Bréfritari: Kristbjörg Björnsdóttir
Viðtakandi: Halldór Jónsson
Dagsetning: A-1869-05-26
Skrifað á: Kaupmannahöfn
Óvíst

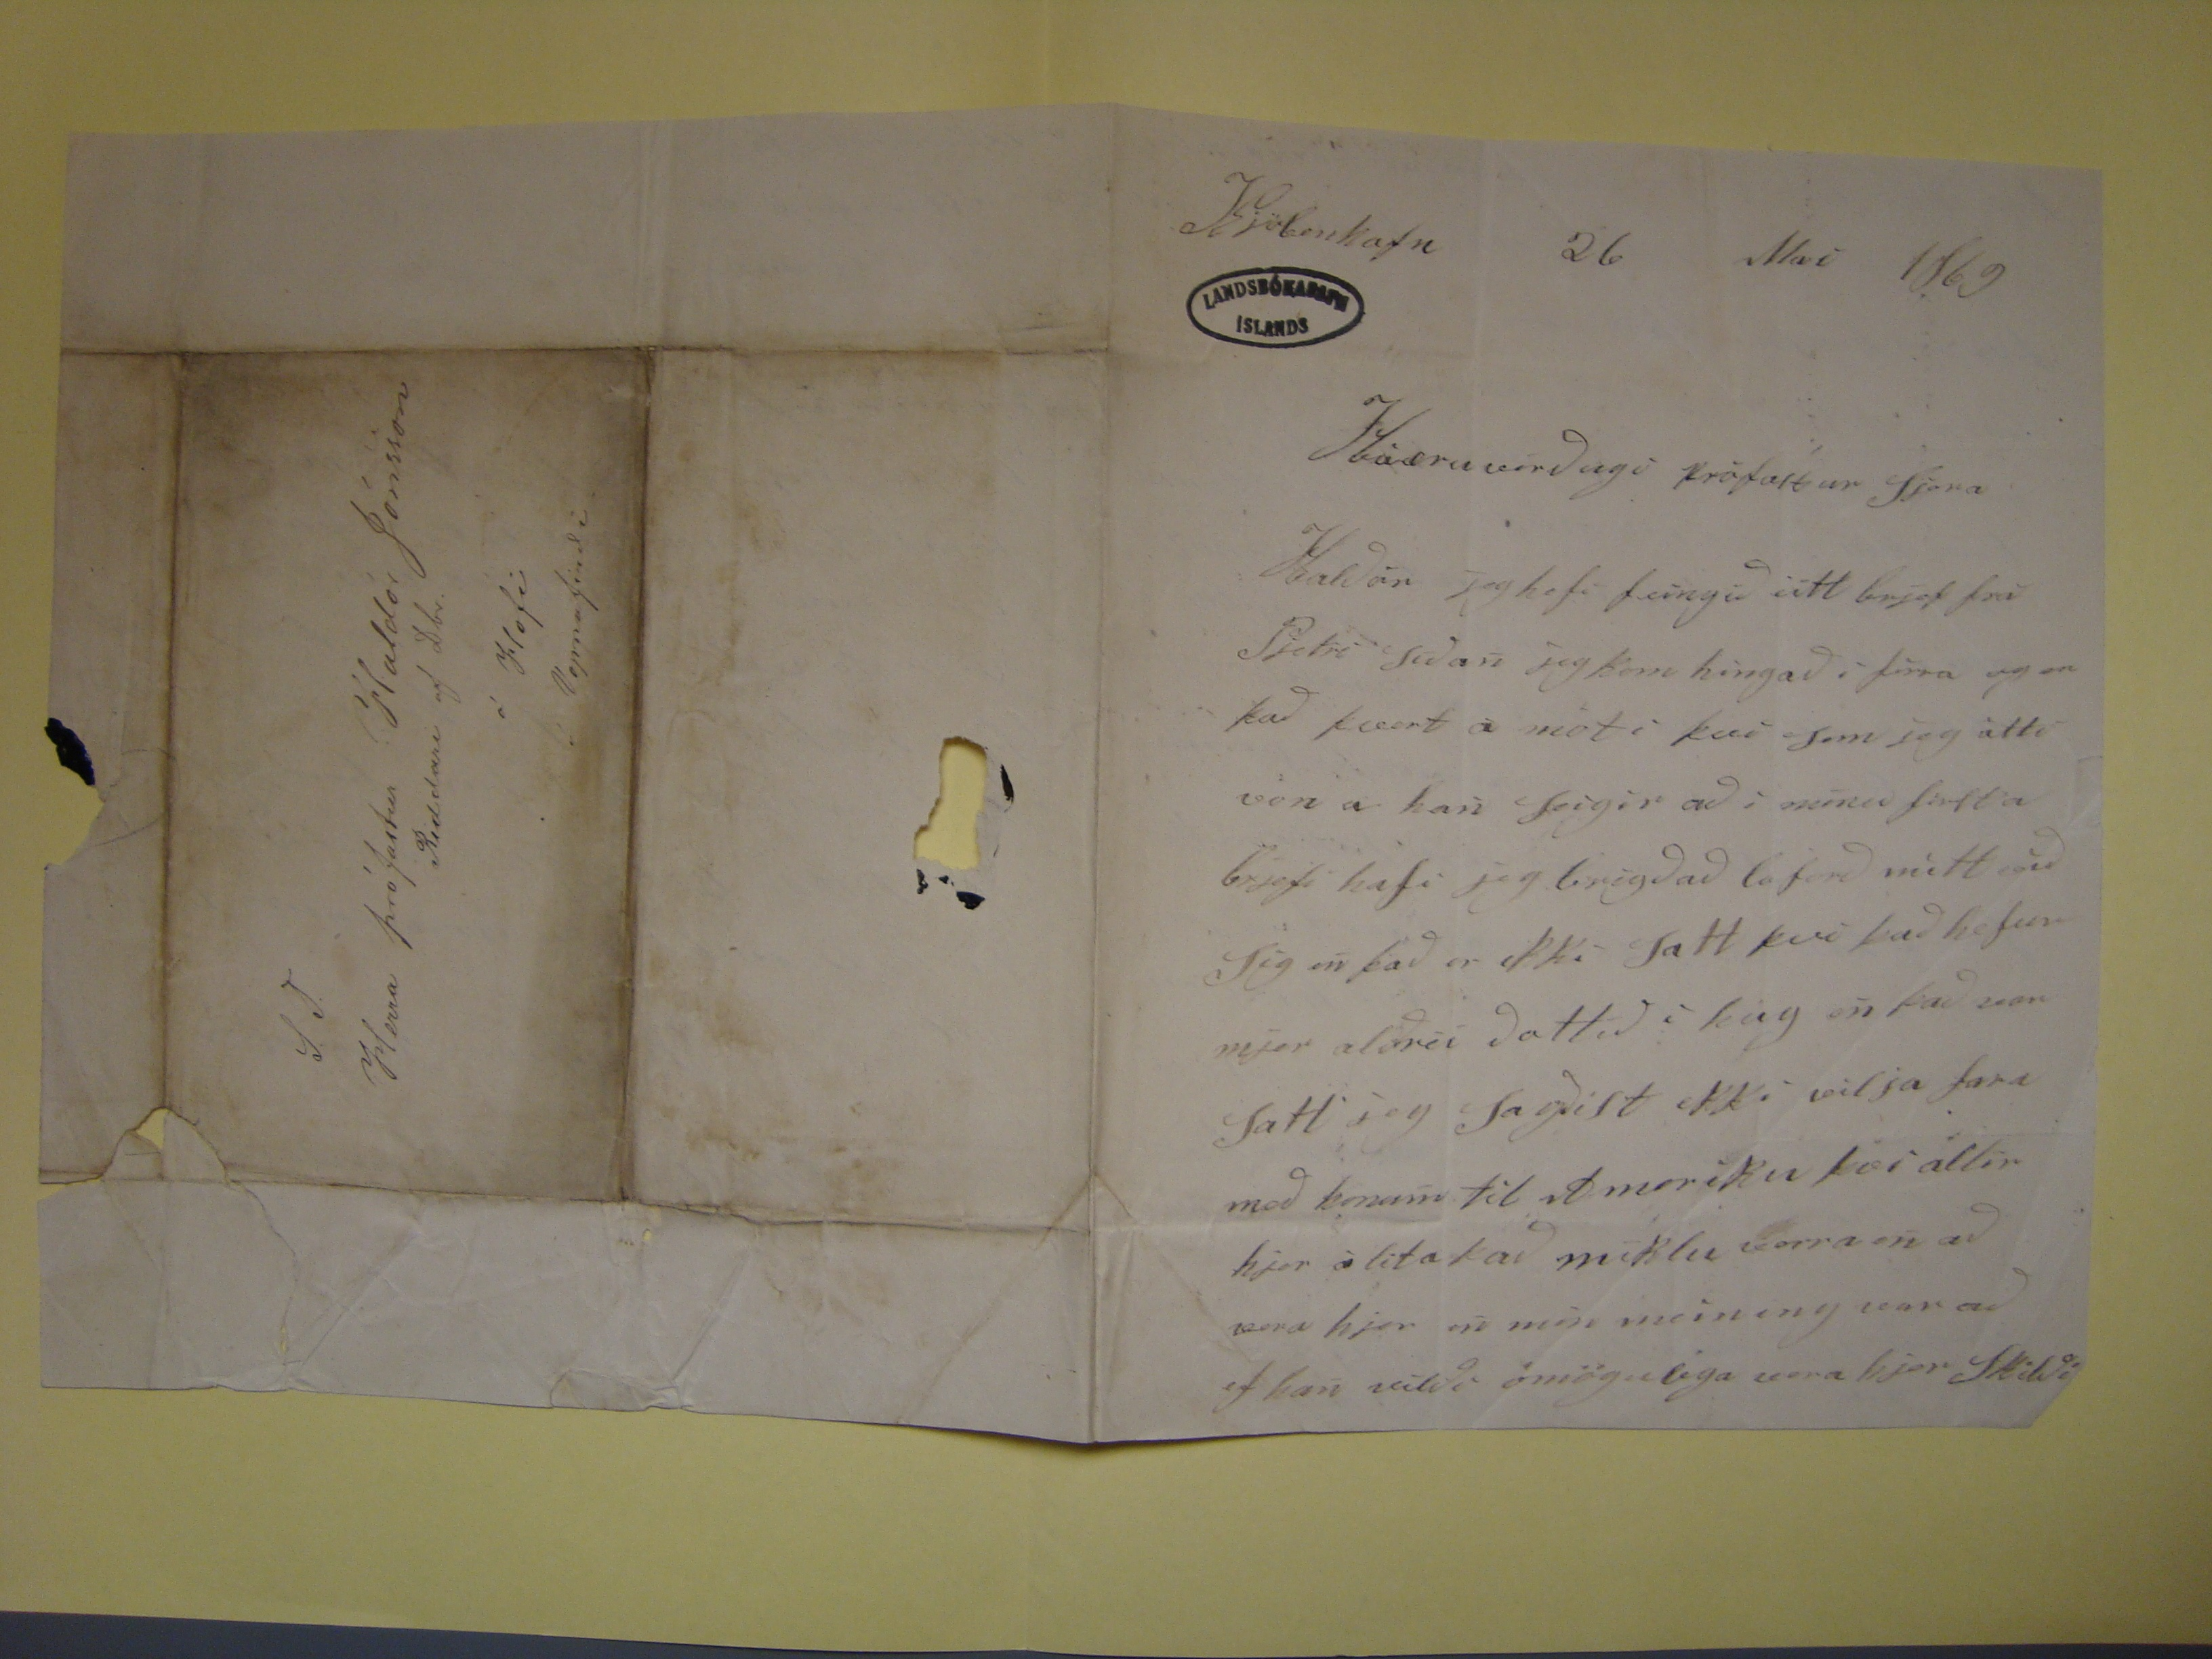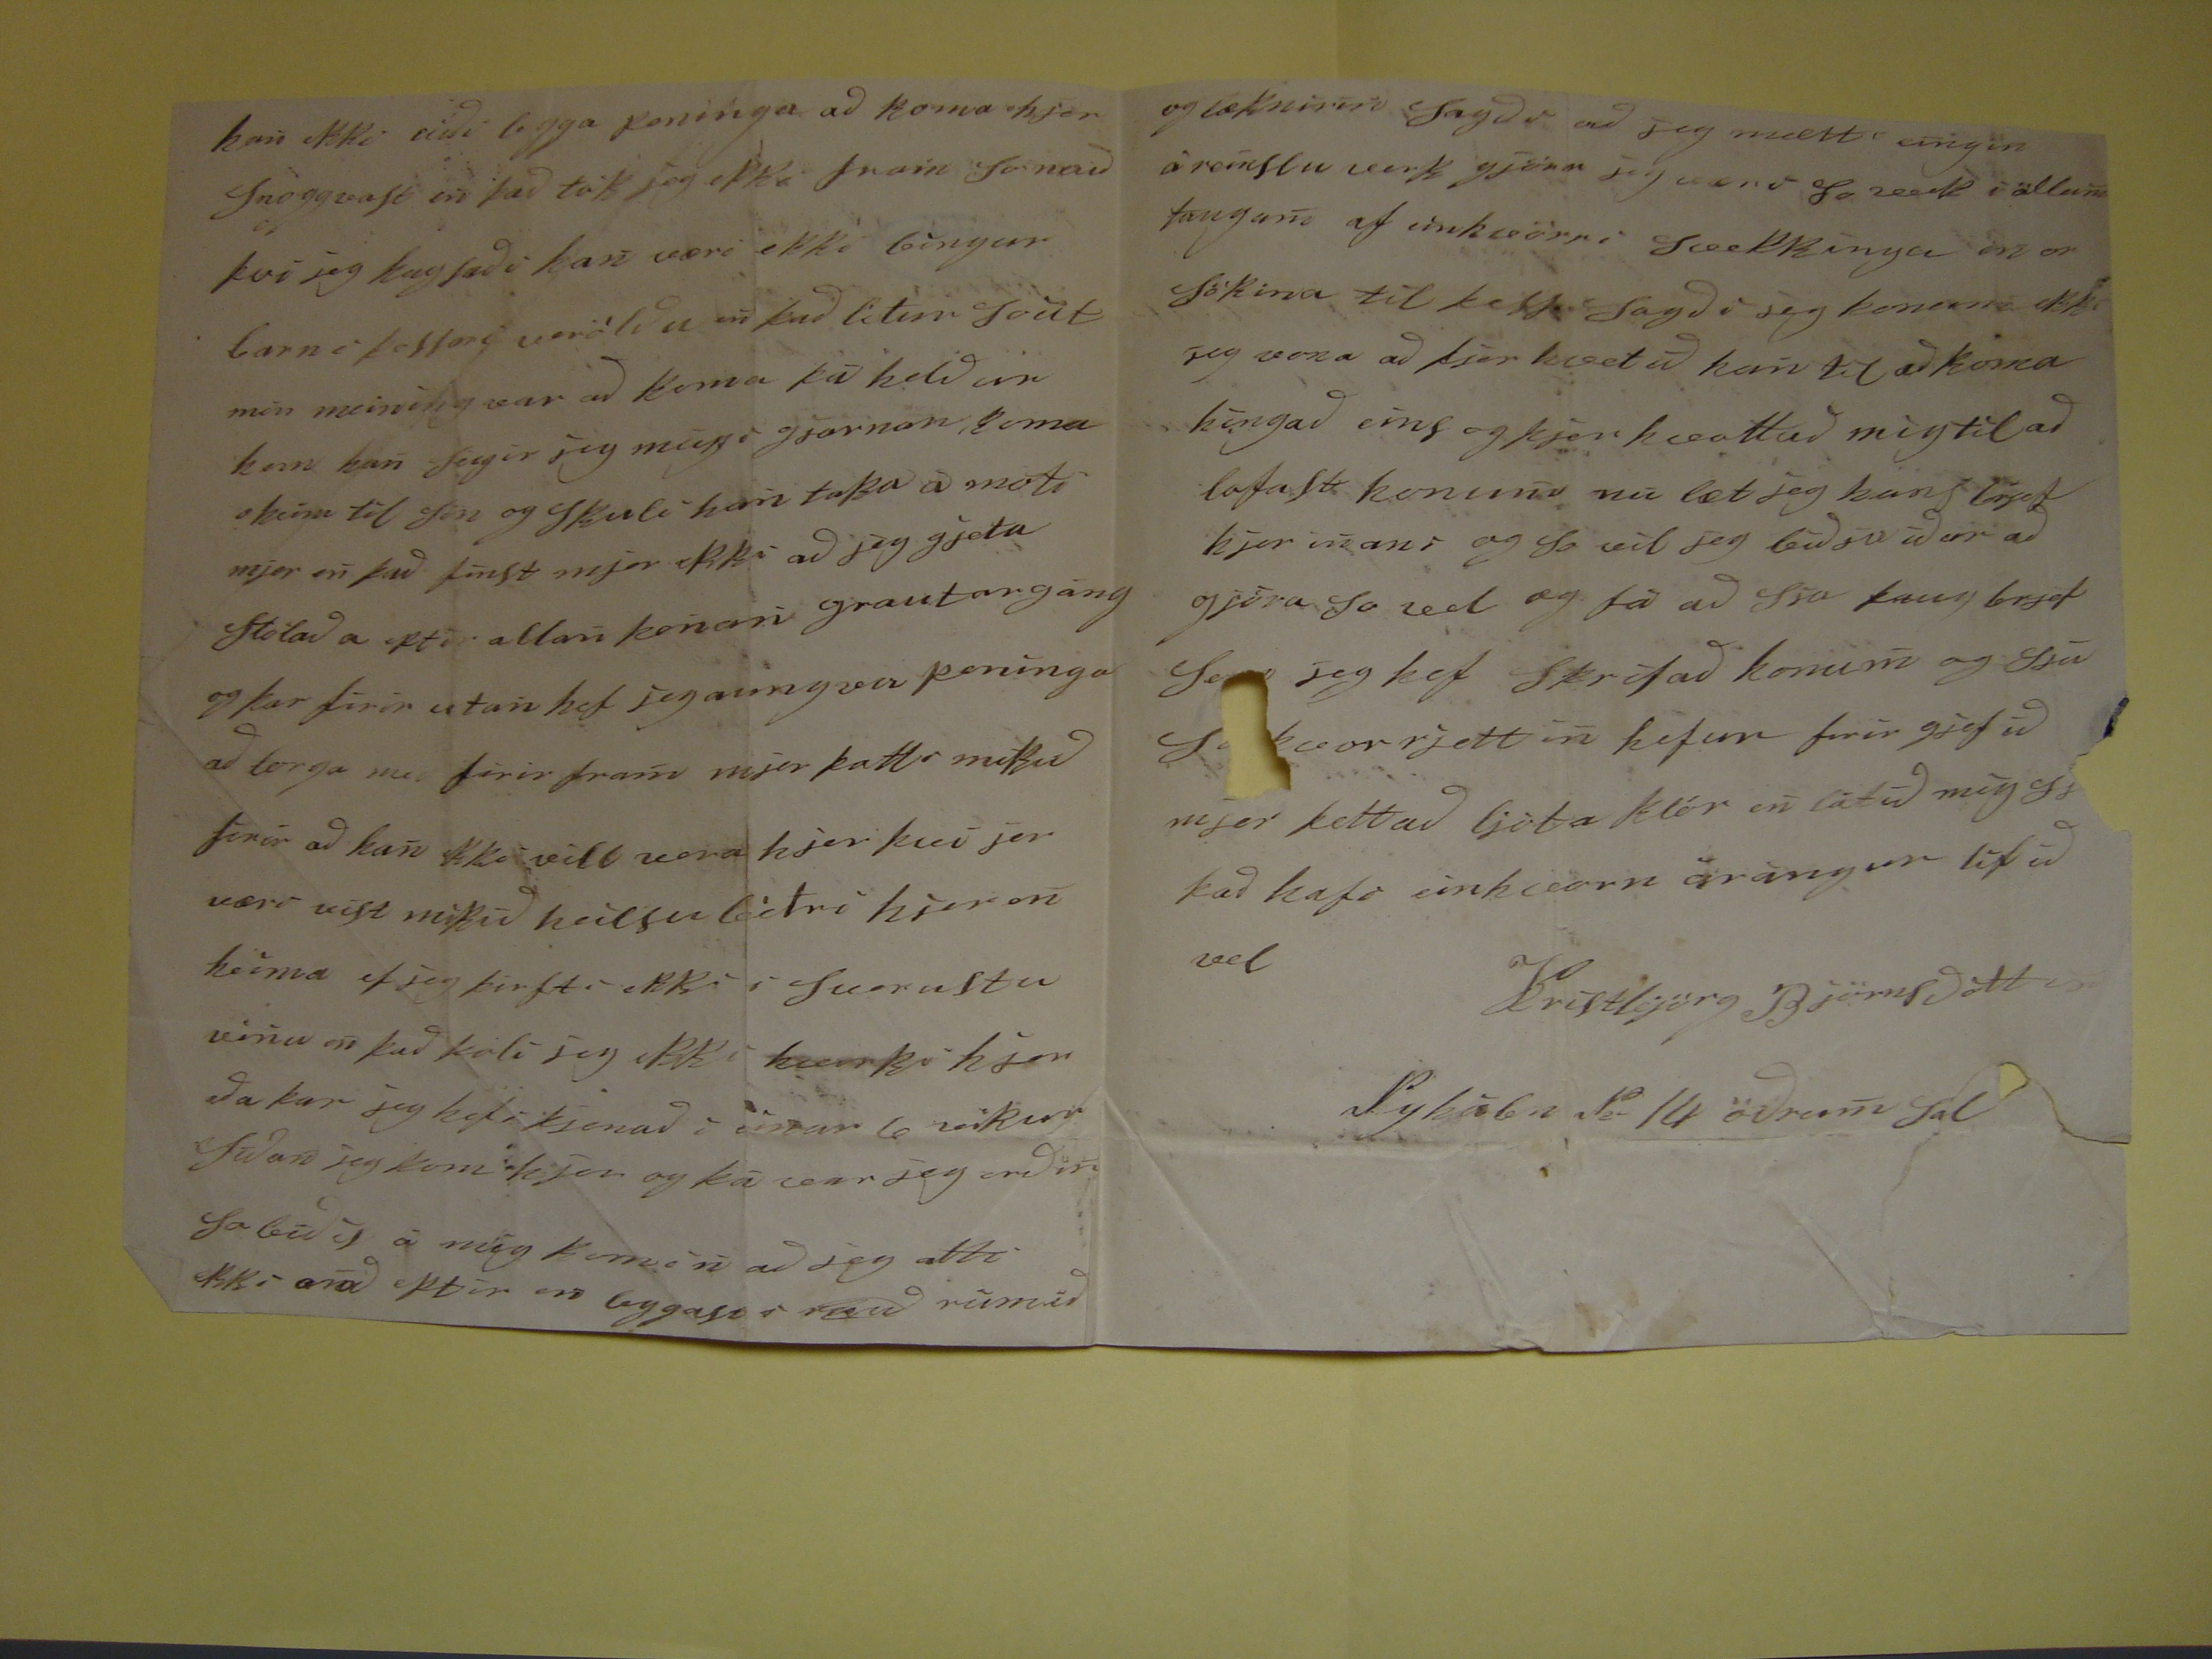

Kiöbenhafn 26 Mai 1869
Háæruverðugi prófastur Sjera Haldór Jeg hefi feingið eitt brjef frá Pjetri siðan jeg kom hingað i firra og er það fært á mót i því sem jeg átti von a han seigir að
i
mínu
firsta brjefi hafi jeg brigðað loforð mitt við Sig en það er ekki satt þvi það hefur mjer aldrei dottið í hg en það var satt jeg sagðist ekki
vilja fara með honum til Ameriku þær allir hjer
á lital að
miklu verra en að vera hjer en min meining var að ef han vildi ómögulega vera hjer
skildi
han ekki eidi legga peninga að koma hjer snöggvast en það tók jeg ekki fram so nauð þvi jeg hugsaði han væri ekki leingur barn i þessari veröldu en það litur
soút min meining var að koma fá heldur kom han seigir jeg
meigr
gjarnan koma heim til sin og skuli han taka a móti mjer en það finst mjer
ekki að jeg gjeta stólað a eptir allan konan grautargang og þar firir utan hef jeg aungva peninga að borga með firir fram mjer þotti mikið firir að han ekki vill vera
hjer þvi jer væri vist mikið heilsuleiðri hjer en heima ef jeg þirfti ekki i
surustu
vinu en það þoli jeg ekki i kærrki hjer eða þar jeg hef kjenað i
einar
10 vikur
siðan jeg kom hjer og þá var jeg orðin so leið
ij
á mig komin að jeg atti ekki anað eptir en leggast i
ruð
rúmið
og læknirin sagði að jeg mætti eingin áreinslu verk gjöra jeg varð so veik i öllum
taugun
af einskæorri Sæekkingu en er sökina til
þess sagði jeg
konuna
ekki jeg vera að þjer hæt að kan til að koma hingað eins og þjer hvottuð mig til að lofa so komin nu læt jeg hans
lagat
hjer mans og so vil jeg biðja iður að gjöra so vel og fá að sia þaug brjef sem jeg hef skrifað honum og sjá
s??
var rjett in hefur firir gjefið mjer þettað ljóta klór en látið mig
s??
það hafi einhvorn árangur lifið vel
Kristbjörg Björnsdóttir
Nyhöbn
?
14 öðrum sal
S.J.
Herra prófastur Haldór Jónsson
Reddari af Dbr.
á Hofi
Vopnafirði